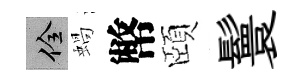
佺蝸幣頤鬟